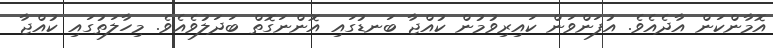
އޮމާންކަން އާދެއެވެ. އުފަންވަން ކައިރިވުމުން ކުއްޖާ ބަނޑުގައި އޮންނަގޮތް ބަދަލުވެއެވެ. މިހާލަތުގައި ކުއްޖާ